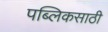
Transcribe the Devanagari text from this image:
पब्लिकसाठी